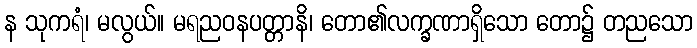
န သုကရံ၊ မလွယ်။ မရညဝနပတ္တာနိ၊ တော၏လက္ခဏာရှိသော တော၌ တညသော